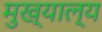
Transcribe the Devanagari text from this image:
मुख्याल्य